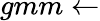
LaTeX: gmm\leftarrow